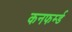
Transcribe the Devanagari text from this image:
कनफर्म्ड